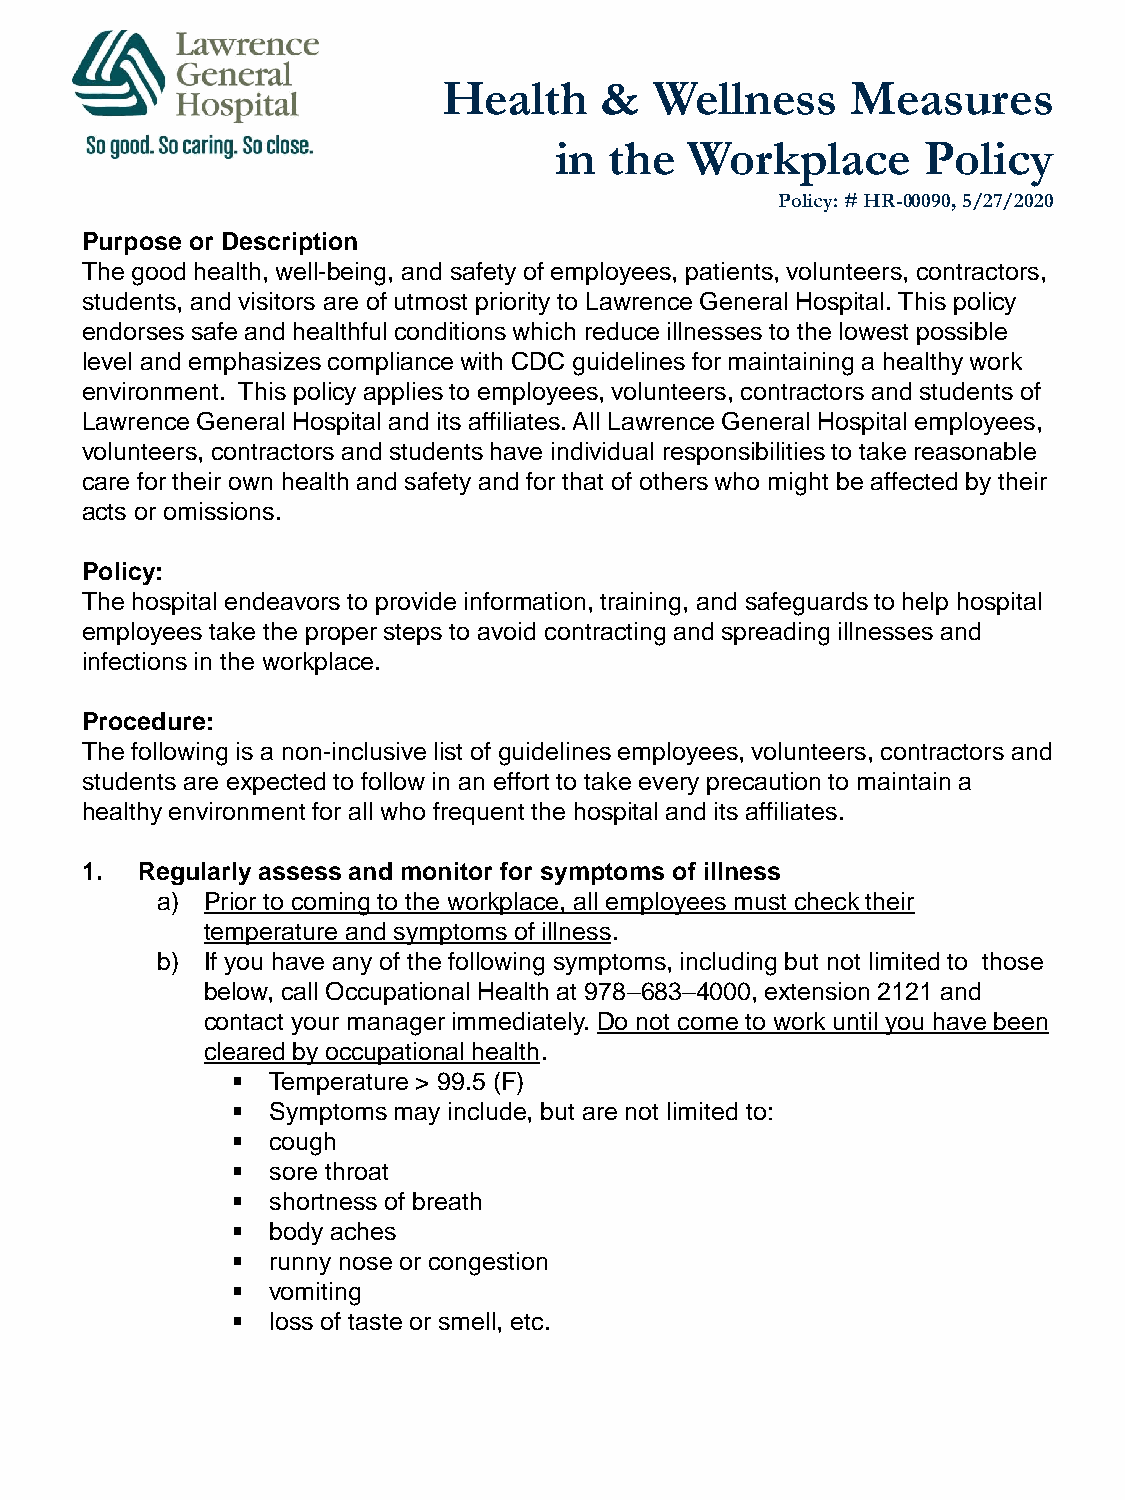
Health     &  Wellness     Measures
 in the   Workplace      Policy
 Policy: # HR-00090, 5/27/2020
 Purpose or Description
 The good health, well-being, and safety of employees, patients, volunteers, contractors,
 students, and visitors are of utmost priority to Lawrence General Hospital. This policy
 endorses safe and healthful conditions which reduce illnesses to the lowest possible
 level and emphasizes compliance with CDC guidelines for maintaining a healthy work
 environment. This policy applies to employees, volunteers, contractors and students of
 Lawrence General Hospital and its affiliates. All Lawrence General Hospital employees,
 volunteers, contractors and students have individual responsibilities to take reasonable
 care for their own health and safety and for that of others who might be affected by their
 acts or omissions.
 Policy:
 The hospital endeavors to provide information, training, and safeguards to help hospital
 employees take the proper steps to avoid contracting and spreading illnesses and
 infections in the workplace.
 Procedure:
 The following is a non-inclusive list of guidelines employees, volunteers, contractors and
 students are expected to follow in an effort to take every precaution to maintain a
 healthy environment for all who frequent the hospital and its affiliates.
 1.  Regularly assess and monitor for symptoms of illness
 a) Prior to coming to the workplace, all employees must check their
 temperature and symptoms of illness.
 b) If you have any of the following symptoms, including but not limited to those
 below, call Occupational Health at 978–683–4000, extension 2121 and
 contact your manager immediately. Do not come to work until you have been
 cleared by occupational health.
 ▪  Temperature > 99.5 (F)
 ▪  Symptoms may include, but are not limited to:
 ▪  cough
 ▪  sore throat
 ▪  shortness of breath
 ▪  body aches
 ▪  runny nose or congestion
 ▪  vomiting
 ▪  loss of taste or smell, etc.